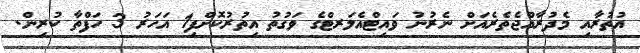
އުތުރާއި މެދުރާއްޖެތެރެއަށް ނެރުނު ވައިޓްއެލަރޓްގެ ވަގުތު އިތުރުކޮށްފި1 އަހަރު 3 ހަފްތާ ކުރިން.